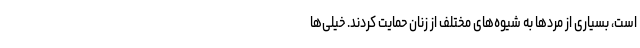
است، بسیاری از مردها به شیوه‌های مختلف از زنان حمایت کردند. خیلی‌ها